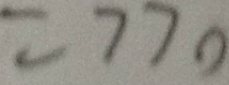
= 7 7 0